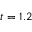
t = 1 . 2